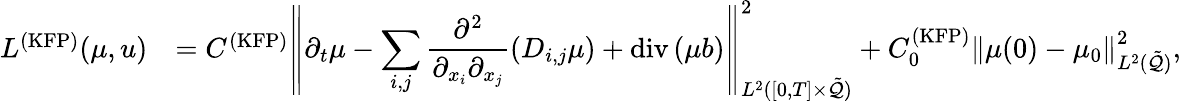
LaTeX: \begin{array}{rl}{L^{\mathrm{(KFP)}}(\mu,u)}&{=C^{\mathrm{(KFP)}}\left\| \displaystyle\partial_{t}\mu-\sum_{i,j}\frac{\partial^{2}}{\partial_{x_{i}}\partial_{x_{j}}}\left(D_{i,j}\mu\right)+\mathrm{div}\left(\mu b\right)\right\| _{L^{2}([0,T]\times\tilde{\mathcal{Q}})}^{2}+C_{0}^{\mathrm{(KFP)}}\left\| \mu(0)-\mu_{0}\right\| _{L^{2}(\tilde{\mathcal{Q}})}^{2},}\end{array}